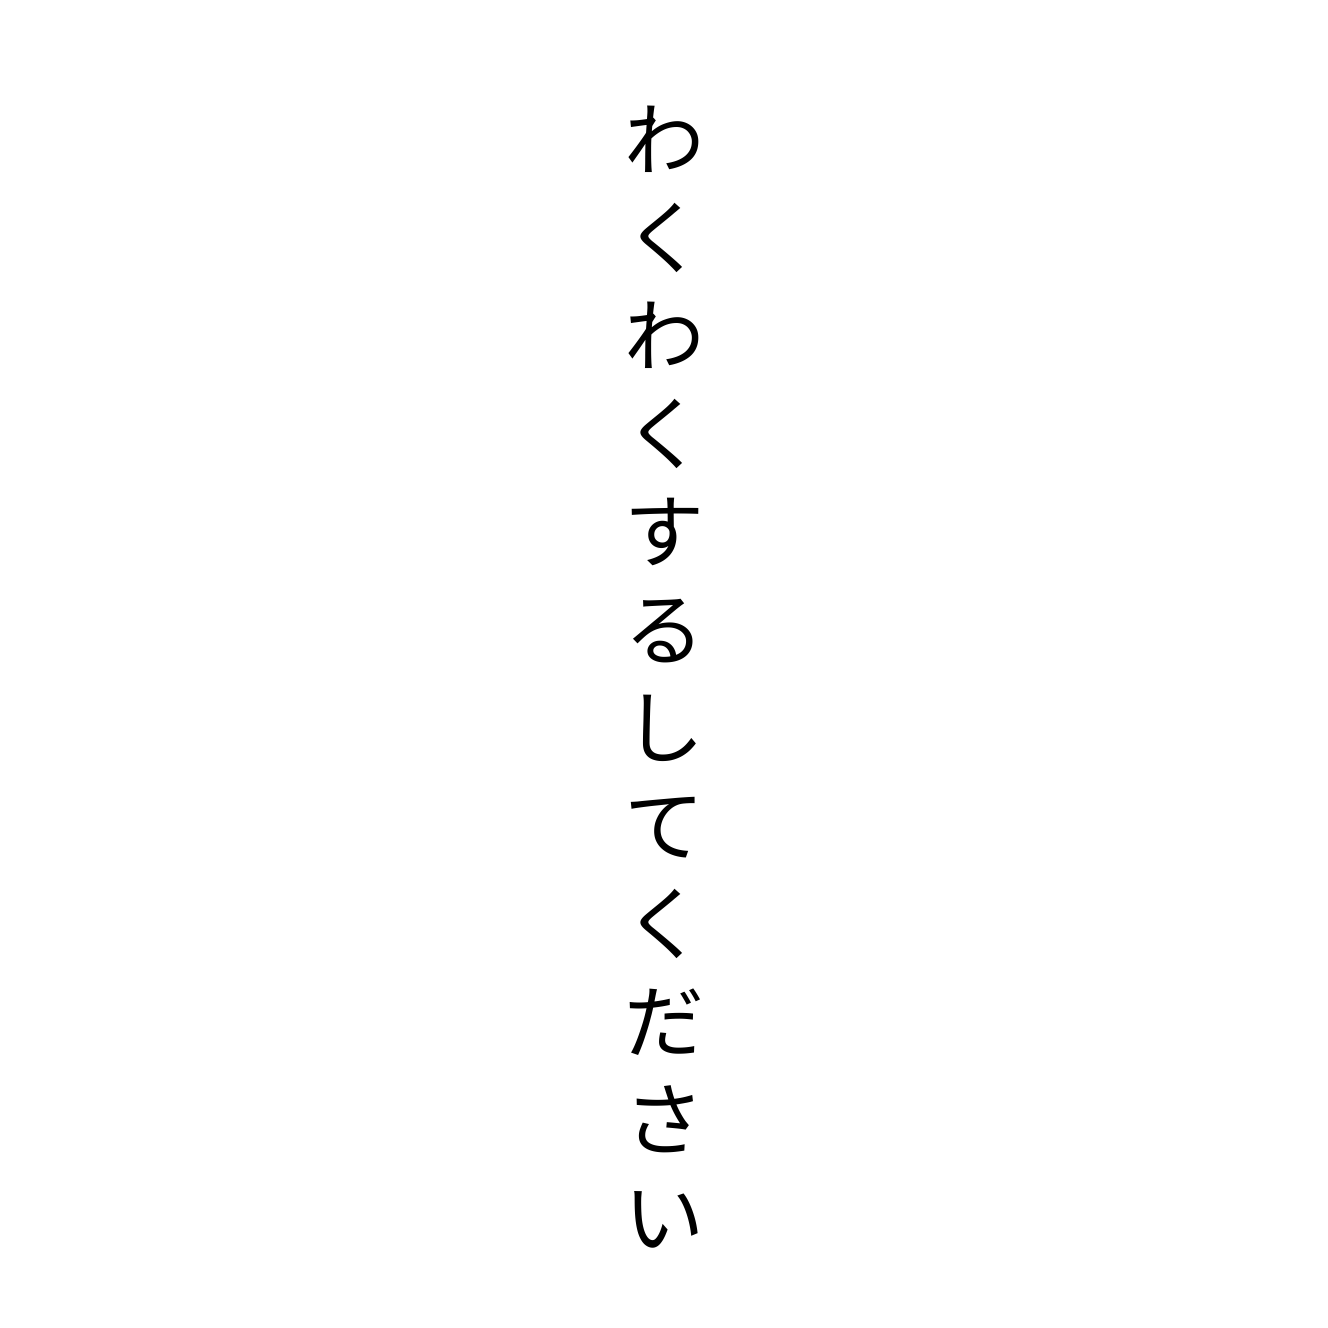
わくわくするしてください